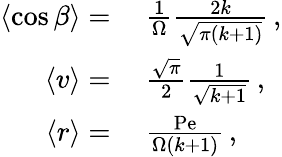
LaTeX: \begin{array}{rl}{\left\langle\cos\beta\right\rangle=}&{\ \frac{1}{\Omega}\frac{2k}{\sqrt{\pi(k+1)}}\, ,}\\ {\left\langle v\right\rangle=}&{\ \frac{\sqrt{\pi}}{2}\frac{1}{\sqrt{k+1}}\, ,}\\ {\left\langle r\right\rangle=}&{\ \frac{\mathrm{Pe}}{\Omega(k+1)}\, ,}\end{array}